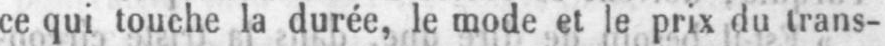
ce qui touche la durée, le mode et le prix du trans-